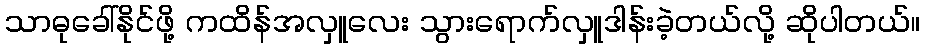
သာဓုခေါ်နိုင်ဖို့ ကထိန်အလှူလေး သွားရောက်လှူဒါန်းခဲ့တယ်လို့ ဆိုပါတယ်။